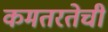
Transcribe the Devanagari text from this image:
कमतरतेची